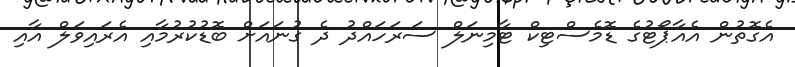
އެގޮތުން އެއާޕޯޓުގެ ޑޮމެސްޓިކް ޓާމިނަލް ސަރަހައްދު ދެ ގުނައަށް ބޮޑުކުރުމާއި އެރައިވަލް އާއި